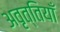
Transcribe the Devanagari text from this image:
अवृत्तियाँ